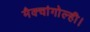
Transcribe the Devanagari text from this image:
मैक्चांगोल्ही।